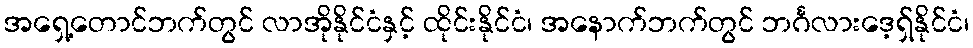
အရှေ့တောင်ဘက်တွင် လာအိုနိုင်ငံနှင့် ထိုင်းနိုင်ငံ၊ အနောက်ဘက်တွင် ဘင်္ဂလားဒေ့ရှ်နိုင်ငံ၊